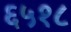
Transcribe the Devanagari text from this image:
६५१८